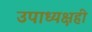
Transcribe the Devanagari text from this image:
उपाध्यक्षही